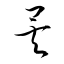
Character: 矣